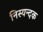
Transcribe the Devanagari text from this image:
निस्यन्दक